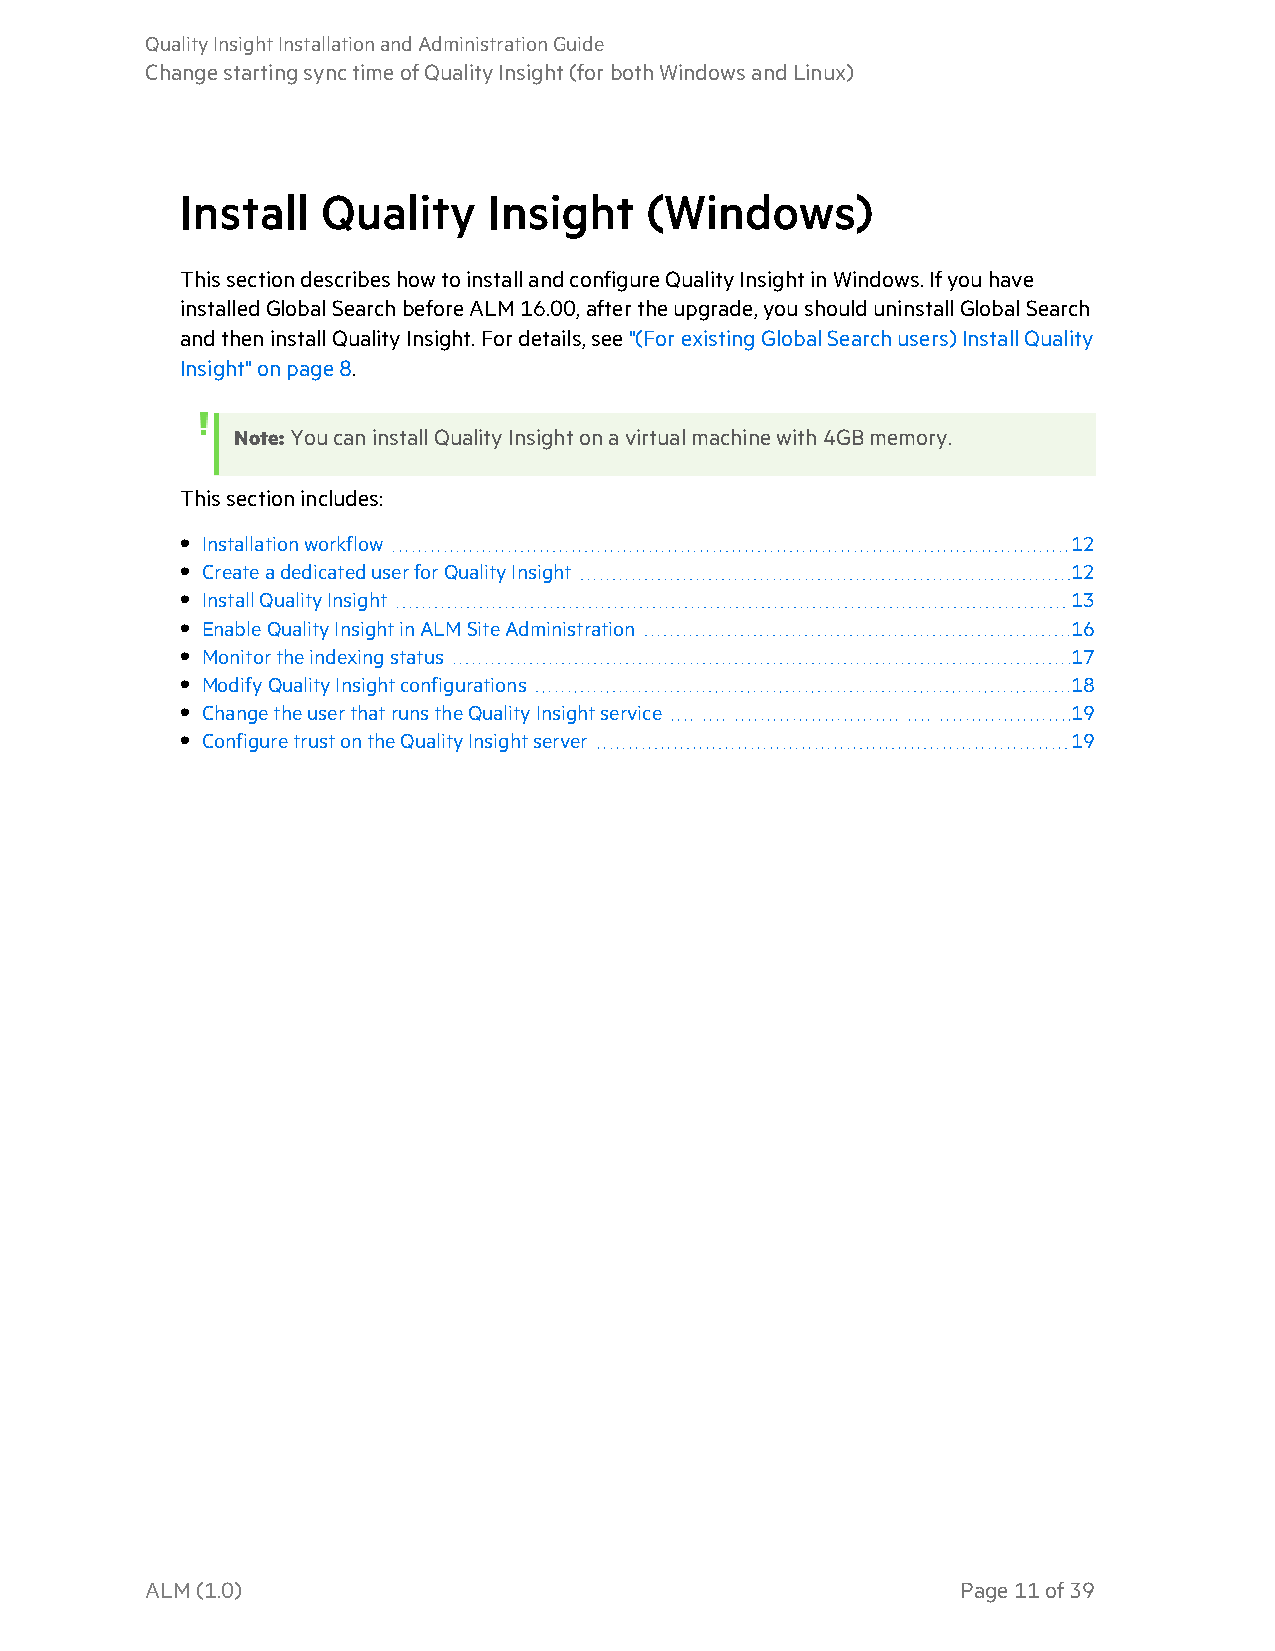
QualityInsightInstallationandAdministrationGuide
 ChangestartingsynctimeofQualityInsight(forbothWindowsandLinux)
 Install  Quality    Insight    (Windows)
 ThissectiondescribeshowtoinstallandconfigureQualityInsightinWindows.Ifyouhave
 installedGlobalSearchbeforeALM16.00,aftertheupgrade,youshoulduninstallGlobalSearch
 andtheninstallQualityInsight.Fordetails,see"(ForexistingGlobalSearchusers)InstallQuality
 Insight"onpage 8.
 Note:YoucaninstallQualityInsightonavirtualmachinewith4GBmemory.
 Thissectionincludes:
 • Installationworkflow                                     12
 • CreateadedicateduserforQualityInsight                    12
 • InstallQualityInsight                                    13
 • EnableQualityInsightinALM SiteAdministration             16
 • Monitortheindexingstatus                                 17
 • ModifyQualityInsightconfigurations                       18
 • ChangetheuserthatrunstheQualityInsightservice            19
 • ConfiguretrustontheQualityInsightserver                  19
 ALM(1.0)                                              Page11of39